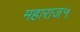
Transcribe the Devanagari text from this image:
महाराज५